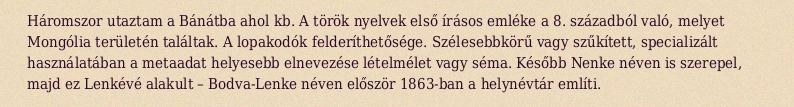
Háromszor utaztam a Bánátba ahol kb. A török nyelvek első írásos emléke a 8. századból való, melyet Mongólia területén találtak. A lopakodók felderíthetősége. Szélesebbkörű vagy szűkített, specializált használatában a metaadat helyesebb elnevezése lételmélet vagy séma. Később Nenke néven is szerepel, majd ez Lenkévé alakult – Bodva-Lenke néven először 1863-ban a helynévtár említi.